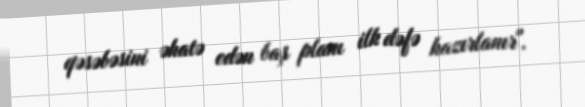
qəsəbəsini əhatə edən baş planı ilk dəfə hazırlanır".